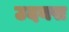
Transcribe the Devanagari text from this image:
उदयस